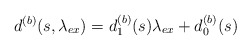
\begin{align*}d^{(b)}(s,{\lambda _{ex}}) = d_1^{(b)}(s){\lambda _{ex}} + d_0^{(b)}(s)\end{align*}